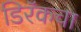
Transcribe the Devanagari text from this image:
डिरॅकचा